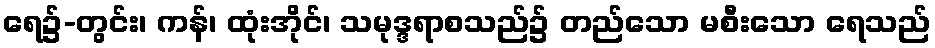
ရေ၌-တွင်း၊ ကန်၊ ထုံးအိုင်၊ သမုဒ္ဒရာစသည်၌ တည်သော မစီးသော ရေသည်